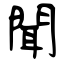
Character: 聞